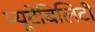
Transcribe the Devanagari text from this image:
म्यूटेबिलिटी